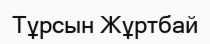
Тұрсын Жұртбай